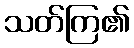
သတ်ကြ၏